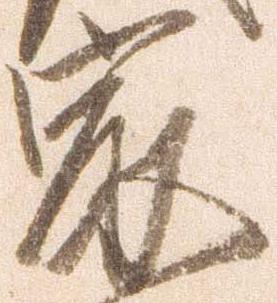
最